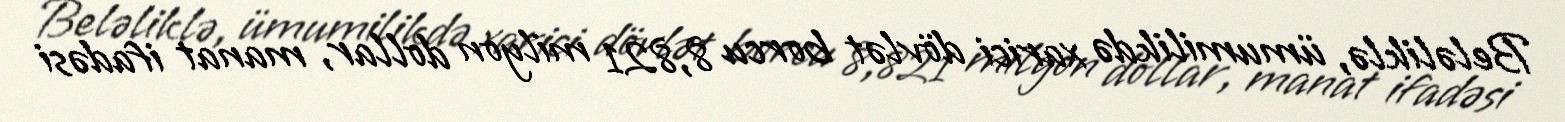
Beləliklə, ümumilikdə xarici dövlət borcu 8,821 milyon dollar, manat ifadəsi